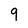
Character: 9